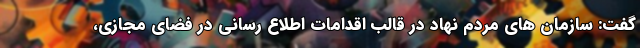
گفت: سازمان های مردم نهاد در قالب اقدامات اطلاع رسانی در فضای مجازی،